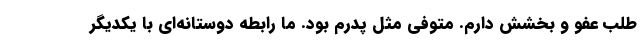
طلب عفو و بخشش دارم. متوفی مثل پدرم بود. ما رابطه دوستانه‌ای با یکدیگر